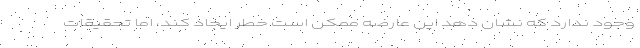
وجود ندارد که نشان دهد این عارضه ممکن است خطر ایجاد کند، اما تحقیقات